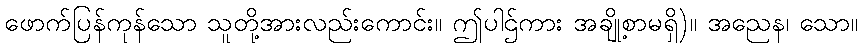
ဖောက်ပြန်ကုန်သော သူတို့အားလည်းကောင်း။ ဤပါဌ်ကား အချို့စာမရှိ)။ အညေန၊ သော။